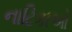
નાટિકાઓ